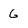
Character: G